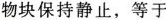
物块保持静止，等于